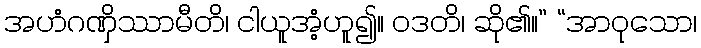
အဟံဂဏှိဿာမီတိ၊ ငါယူအံ့ဟူ၍။ ဝဒတိ၊ ဆို၏။” “အာဝုသော၊